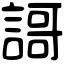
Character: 謌